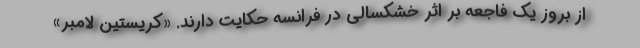
از بروز یک فاجعه بر اثر خشکسالی در فرانسه حکایت دارند. «کریستین لامبر»